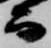
而